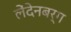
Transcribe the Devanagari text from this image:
लेंदेनबर्ग